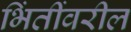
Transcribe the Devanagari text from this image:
भिंतींवरील